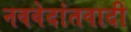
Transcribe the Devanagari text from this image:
नववेदांतवादी